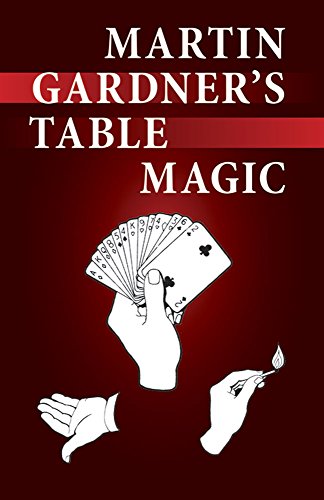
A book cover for Martin Gardner's Table Magic; Martin Gardner; Humor & Entertainment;